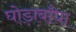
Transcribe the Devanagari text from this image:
घोड़ाबाँधा